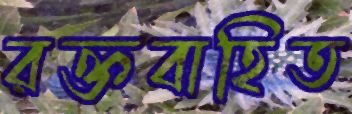
রক্তবাহিত